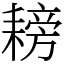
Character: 耪